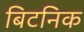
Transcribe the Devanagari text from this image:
बिटनिक